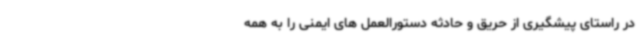
در راستای پیشگیری از حریق و حادثه دستورالعمل های ایمنی را به همه